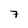
Character: 7